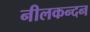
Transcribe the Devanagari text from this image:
नीलकन्दन